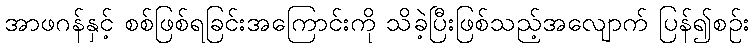
အာဖဂန်နှင့် စစ်ဖြစ်ရခြင်းအကြောင်းကို သိခဲ့ပြီးဖြစ်သည့်အလျောက် ပြန်၍စဉ်း